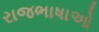
રાજભાષાઓ